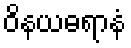
ဝိနယဓရာနံ